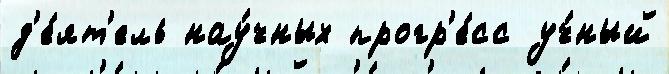
д'е́ят'ель нау́чных прогр'е́сс уч́ный